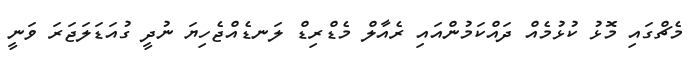
މެޗްގައި މޮޅު ކުޅުމެއް ދައްކަމުންއައި ރެއާލް މެޑްރިޑް ލަނޑެއްޖެހިޔަ ނުދީ ގުއަޑަލަޖަރަ ވަނީ